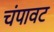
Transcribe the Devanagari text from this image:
चंपावट